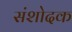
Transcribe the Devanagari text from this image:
संशोदक